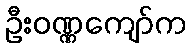
ဦးဝဏ္ဏကျော်က